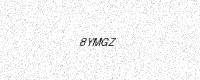
Text: 8YMGZ